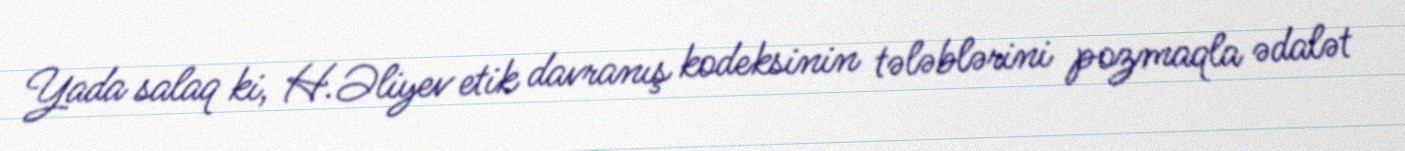
Yada salaq ki, H.Əliyev etik davranış kodeksinin tələblərini pozmaqla ədalət